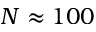
N \approx 1 0 0